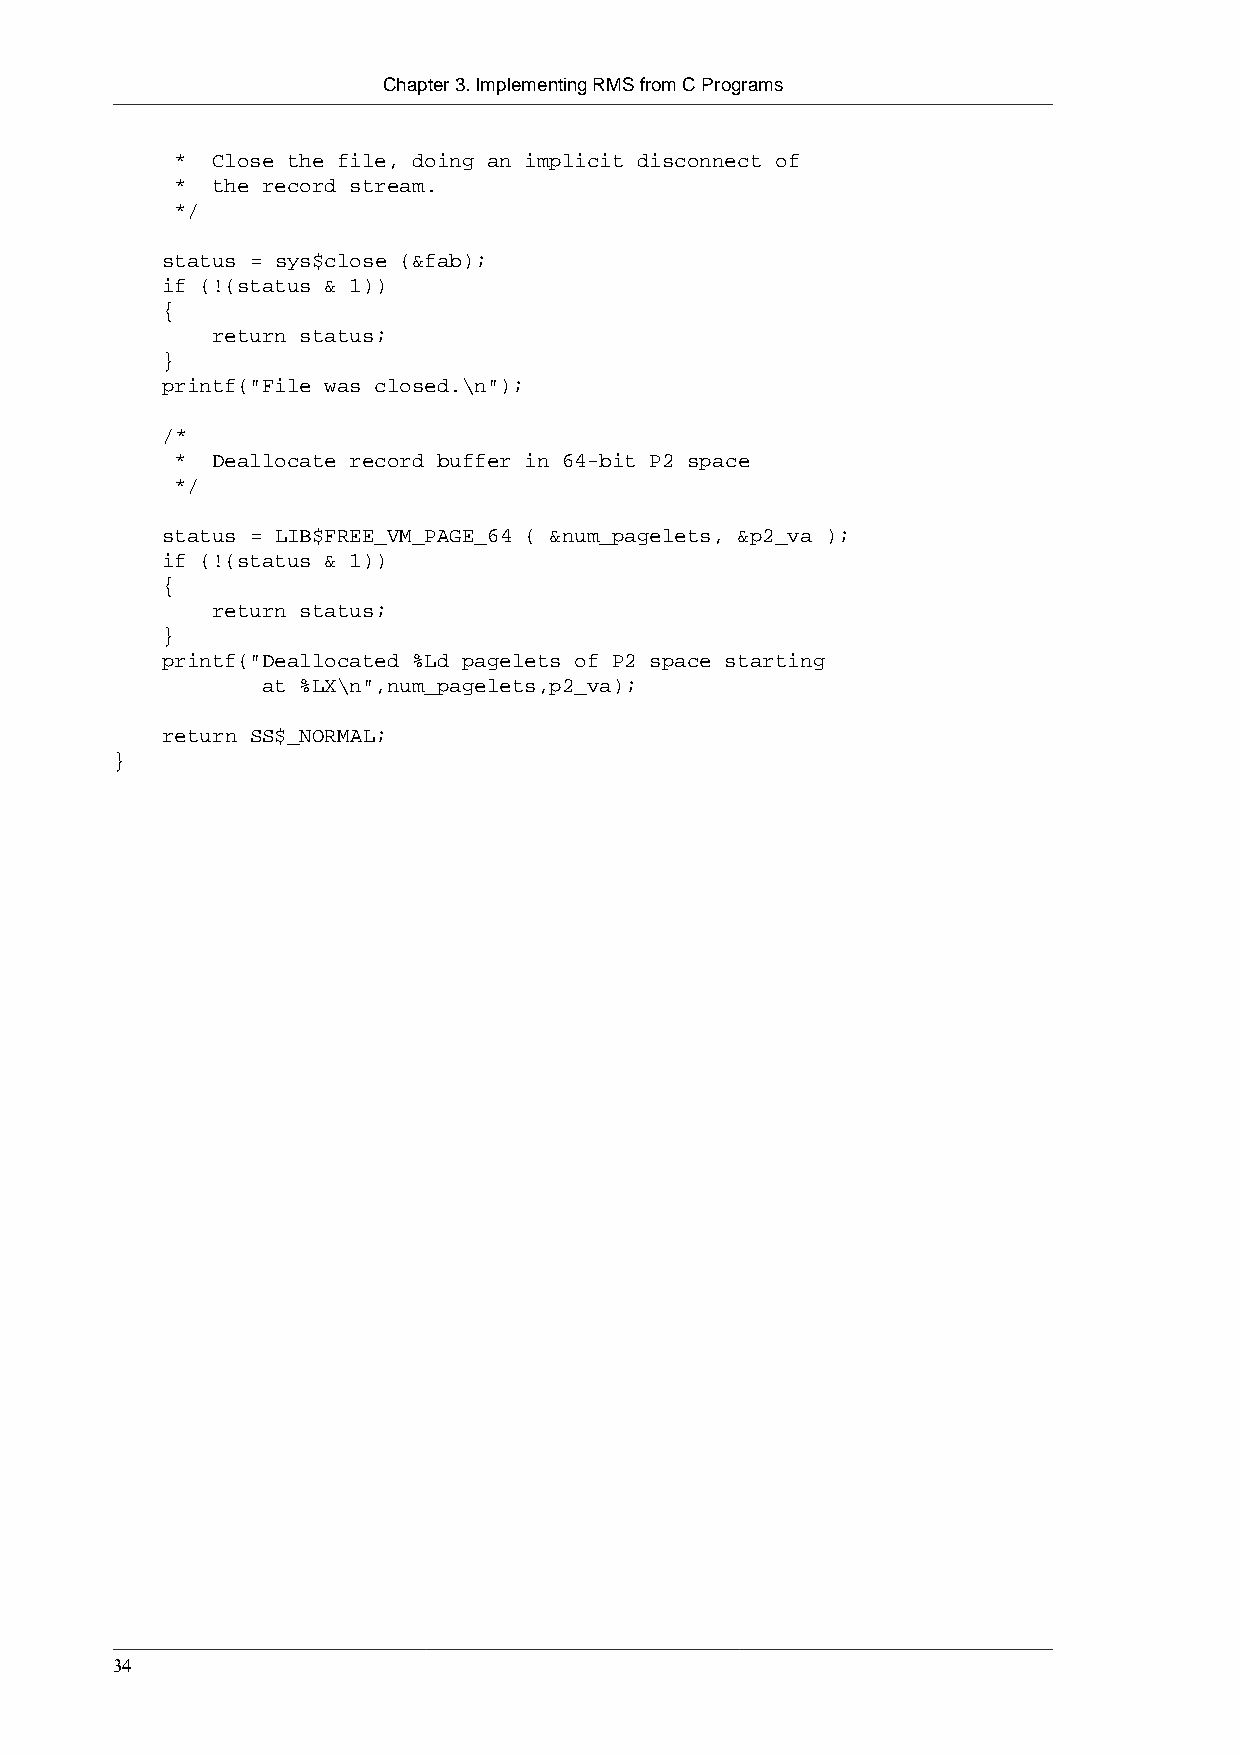
Chapter 3. Implementing RMS from C Programs
 * Close the file, doing an implicit disconnect of
 * the record stream.
 */
 status = sys$close (&fab);
 if (!(status & 1))
 {
 return status;
 }
 printf("File was closed.\n");
 /*
 * Deallocate record buffer in 64-bit P2 space
 */
 status = LIB$FREE_VM_PAGE_64 ( &num_pagelets, &p2_va );
 if (!(status & 1))
 {
 return status;
 }
 printf("Deallocated %Ld pagelets of P2 space starting
 at %LX\n",num_pagelets,p2_va);
 return SS$_NORMAL;
 }
 34